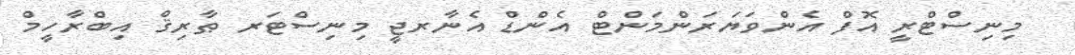
މިނިސްޓްރީ އޮފް އެންވަޔަރަންމަންޓް އެންޑް އެނާރޖީ މިނިސްޓަރ ޠާރިޤް އިބްރާހީމް